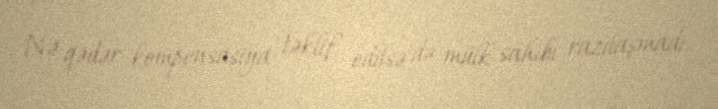
Nə qədər kompensasiya təklif edilsə də mülk sahibi razılaşmadı.